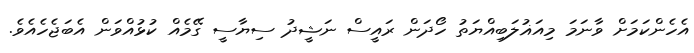
އެހެންކަމަށް ވާނަމަ މިއަޣުލަބިއްޔަތު ހޯދަން ރައީސް ނަޝީދު ސިޔާސީ ގޭމެއް ކުޅުއްވަން އެބަޖެހެއެވެ.